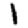
Digit: 1